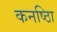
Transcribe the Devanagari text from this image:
कनष्ठाि